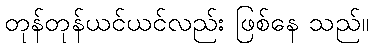
တုန်တုန်ယင်ယင်လည်း ဖြစ်နေ သည်။